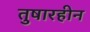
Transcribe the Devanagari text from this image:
तुषारहीन